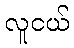
လူငယ်